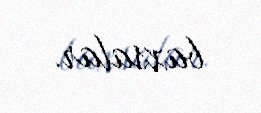
baxsalar.